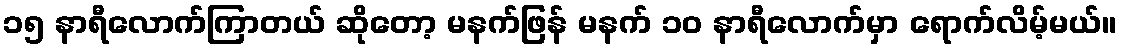
၁၅ နာရီလောက်ကြာတယ် ဆိုတော့ မနက်ဖြန် မနက် ၁၀ နာရီလောက်မှာ ရောက်လိမ့်မယ်။